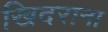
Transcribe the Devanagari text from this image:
खिदराना